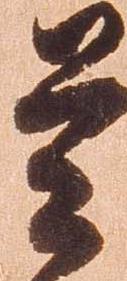
是